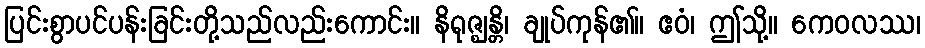
ပြင်းစွာပင်ပန်းခြင်းတို့သည်လည်းကောင်း။ နိရုဇ္ဈန္တိ၊ ချုပ်ကုန်၏။ ဧဝံ၊ ဤသို့။ ကေဝလဿ၊